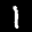
Label: 1